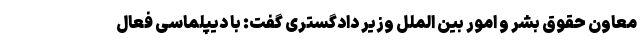
معاون حقوق بشر و امور بین الملل وزیر دادگستری گفت: با دیپلماسی فعال